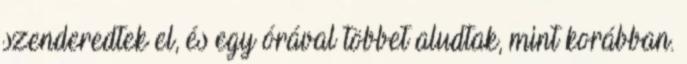
szenderedtek el, és egy órával többet aludtak, mint korábban.